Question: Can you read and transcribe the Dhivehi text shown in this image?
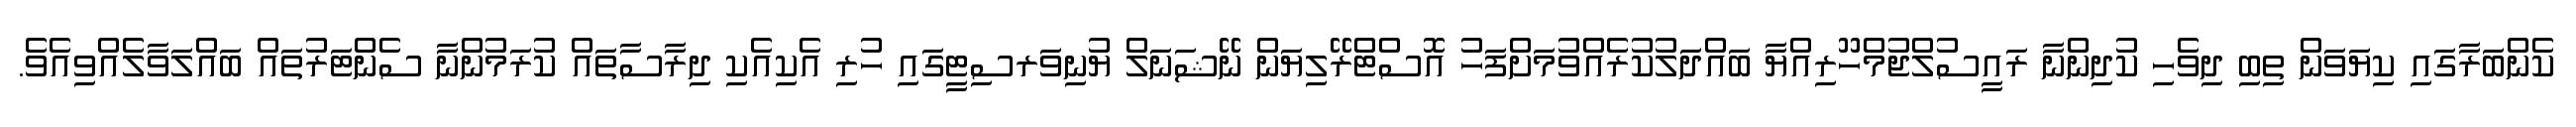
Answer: ކެންބަރާގައި ކިޔަވަން ތިބި ދިވެހި ކުދިންނާ ރައީސުލްޖުމްހޫރިއްޔާ ބައްދަލުކުރެއްވުމަށްފަހު އޮސްޓްރޭލިޔަން ނޭޝަނަލް ޔުނިވަރސިޓީގައި ހުރި އެކިއެކި ދިރާސާތައް ކުރަމުންނާ ސެންޓަރުތައް ބައްލަވާލެއްވިއެވެ.